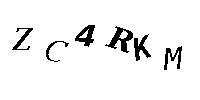
ZC4RKM